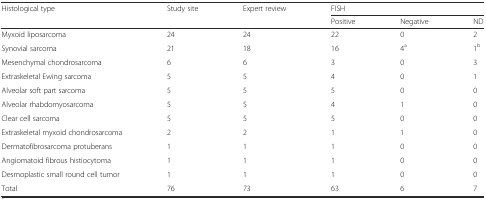
<table><thead><tr><td rowspan="2"><b>Histological type</b></td><td rowspan="2"><b>Study site</b></td><td rowspan="2"><b>Expert review</b></td><td colspan="3"><b>FISH</b></td></tr><tr><td><b>Positive</b></td><td><b>Negative</b></td><td><b>ND</b></td></tr></thead><tbody><tr><td>Myxoid liposarcoma</td><td>24</td><td>24</td><td>22</td><td>0</td><td>2</td></tr><tr><td>Synovial sarcoma</td><td>21</td><td>18</td><td>16</td><td>4<sup>a</sup></td><td>1<sup>b</sup></td></tr><tr><td>Mesenchymal chondrosarcoma</td><td>6</td><td>6</td><td>3</td><td>0</td><td>3</td></tr><tr><td>Extraskeletal Ewing sarcoma</td><td>5</td><td>5</td><td>4</td><td>0</td><td>1</td></tr><tr><td>Alveolar soft part sarcoma</td><td>5</td><td>5</td><td>5</td><td>0</td><td>0</td></tr><tr><td>Alveolar rhabdomyosarcoma</td><td>5</td><td>5</td><td>4</td><td>1</td><td>0</td></tr><tr><td>Clear cell sarcoma</td><td>5</td><td>5</td><td>5</td><td>0</td><td>0</td></tr><tr><td>Extraskeletal myxoid chondrosarcoma</td><td>2</td><td>2</td><td>1</td><td>1</td><td>0</td></tr><tr><td>Dermatofibrosarcoma protuberans</td><td>1</td><td>1</td><td>1</td><td>0</td><td>0</td></tr><tr><td>Angiomatoid fibrous histiocytoma</td><td>1</td><td>1</td><td>1</td><td>0</td><td>0</td></tr><tr><td>Desmoplastic small round cell tumor</td><td>1</td><td>1</td><td>1</td><td>0</td><td>0</td></tr><tr><td>Total</td><td>76</td><td>73</td><td>63</td><td>6</td><td>7</td></tr></tbody></table>